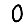
Digit: 0